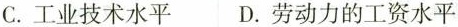
C.工业技术水平 D.劳动力的工资水平